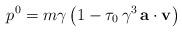
LaTeX: \begin{align*}p^{0}=m\gamma \,\bigl(1-\tau _{0}\,\gamma ^{3}\,{\bf a}\cdot {\bf v}\bigr)\end{align*}